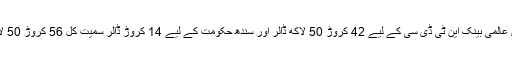
ان معاہدوں کے مطابق عالمی بینک این ٹی ڈی سی کے لیے 42 کروڑ 50 لاکھ ڈالر اور سندھ حکومت کے لیے 14 کروڑ ڈالر سمیت کل 56 کروڑ 50 لاکھ ڈالر فراہم کرے گا۔